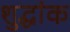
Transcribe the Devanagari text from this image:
शुद्धांक